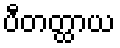
ပီတတ္ထာယ